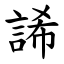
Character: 䛥